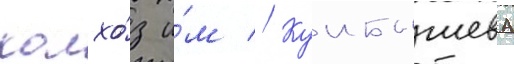
колхо́з и́м // Куибышева